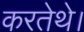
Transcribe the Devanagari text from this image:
करतेथे।